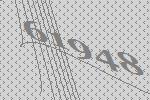
61948